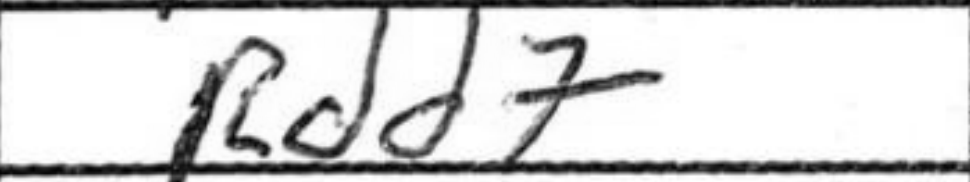
Transcription: Rdd7